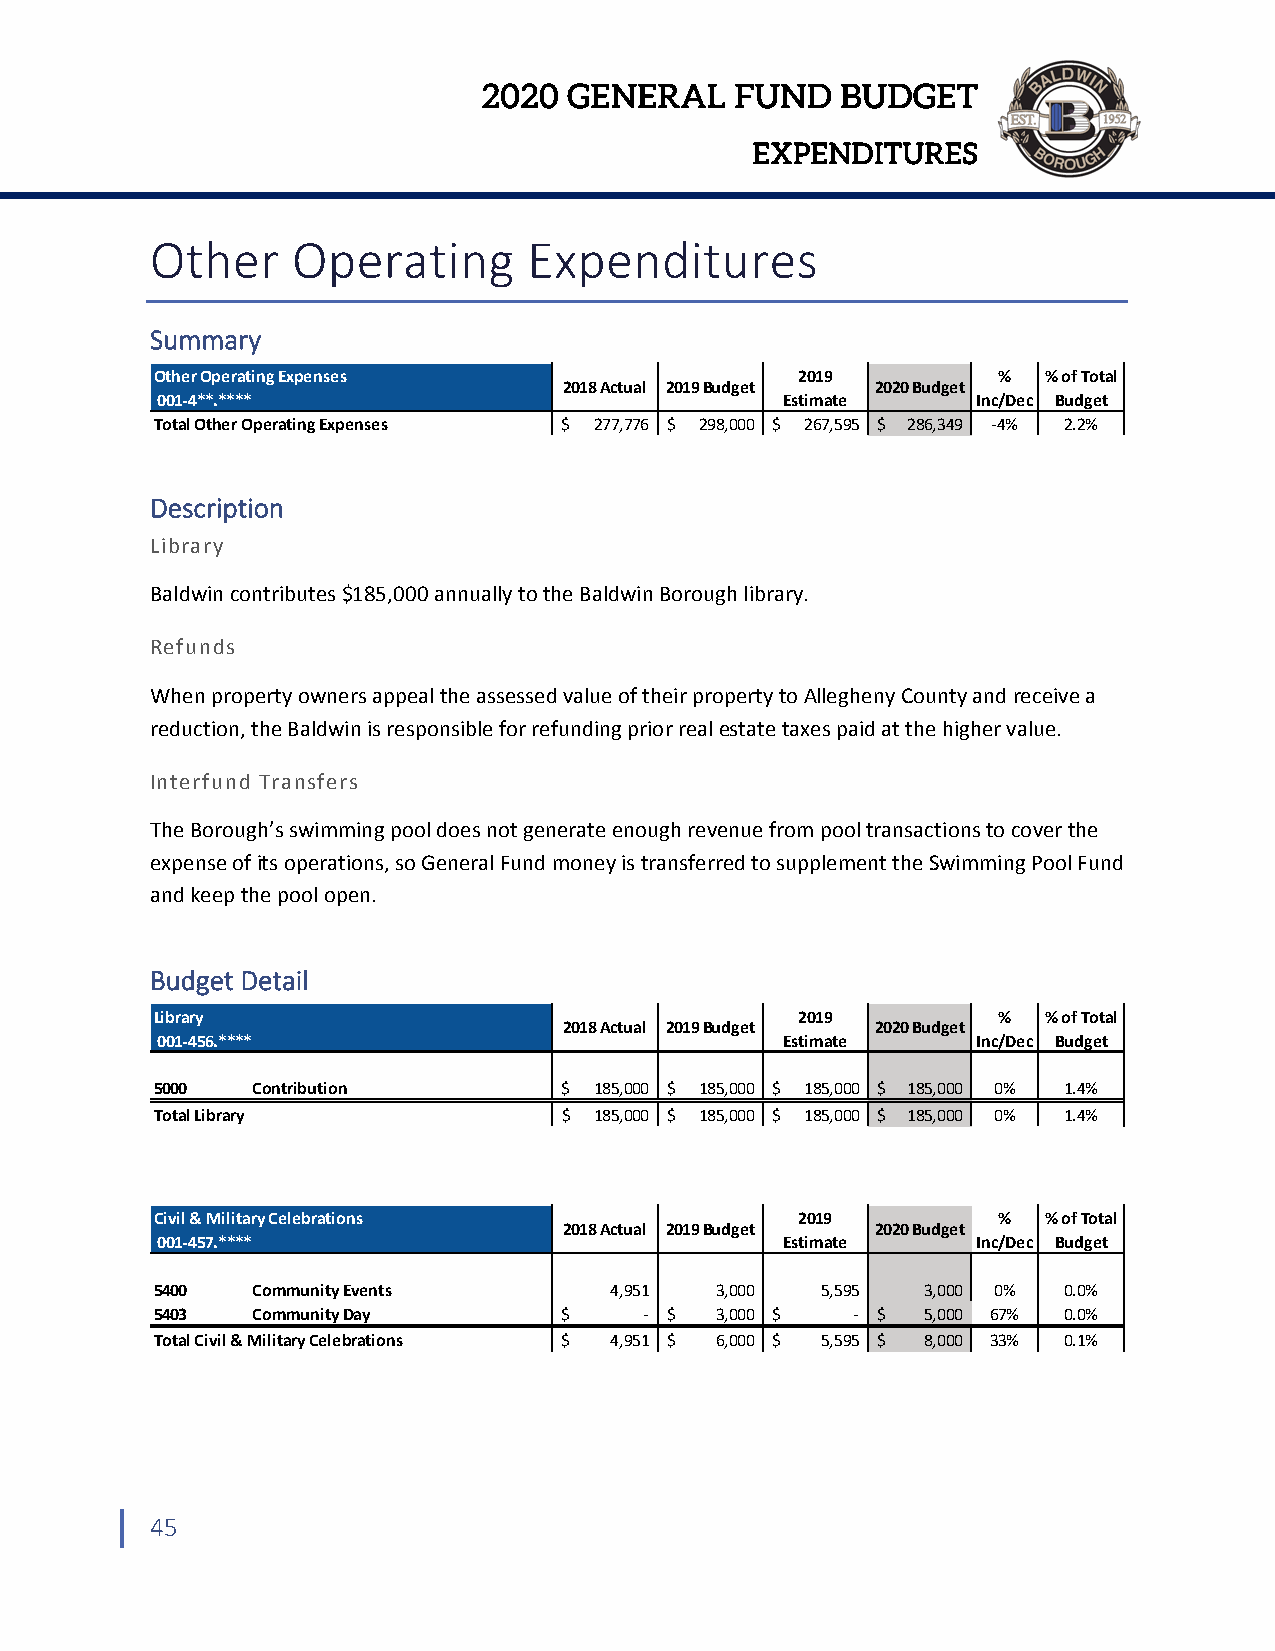
2020  GENERAL    FUND   BUDGET
 EXPENDITURES
 Other    Operating       Expenditures
 Summary
 Other Operating Expenses                   2019         %  % of Total
 2018 Actual 2019 Budget 2020 Budget
 001‐4**.****                              Estimate     Inc/Dec Budget
 Total Other Operating Expenses $ 277,776 $ 298,000 $ 267,595 $ 286,349 ‐4% 2.2%
 Description
 Library
 Baldwin contributes $185,000 annually to the Baldwin Borough library.
 Refunds
 When property owners appeal the assessed value of their property to Allegheny County and receive a
 reduction, the Baldwin is responsible for refunding prior real estate taxes paid at the higher value.
 Interfund Transfers
 The Borough’s swimming pool does not generate enough revenue from pool transactions to cover the
 expense of its operations, so General Fund money is transferred to supplement the Swimming Pool Fund
 and keep the pool open.
 Budget Detail
 Library                                    2019         %  % of Total
 2018 Actual 2019 Budget 2020 Budget
 001‐456.****                              Estimate     Inc/Dec Budget
 5000   Contribution        $ 185,000 $ 185,000 $ 185,000 $ 185,000 0% 1.4%
 Total Library              $ 185,000 $ 185,000 $ 185,000 $ 185,000 0% 1.4%
 Civil & Military Celebrations              2019         %  % of Total
 2018 Actual 2019 Budget 2020 Budget
 001‐457.****                              Estimate     Inc/Dec Budget
 5400   Community Events       4,951  3,000  5,595  3,000 0% 0.0%
 5403   Community Day       $     ‐ $ 3,000 $  ‐ $  5,000 67% 0.0%
 Total Civil & Military Celebrations $ 4,951 $ 6,000 $ 5,595 $ 8,000 33% 0.1%
 45